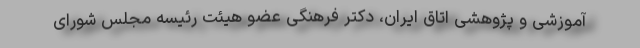
آموزشی و پژوهشی اتاق ایران، دکتر فرهنگی عضو هیئت رئیسه مجلس شورای